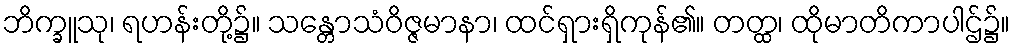
ဘိက္ခူသု၊ ရဟန်းတို့၌။ သန္တောသံဝိဇ္ဇမာနာ၊ ထင်ရှားရှိကုန်၏။ တတ္ထ၊ ထိုမာတိကာပါဌ်၌။